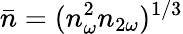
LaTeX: \bar{n}=(n_{\omega}^{2}n_{2\omega})^{1/3}